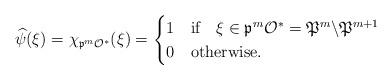
LaTeX: \begin{align*}\widehat{\psi} (\xi)=\chi_{\frak p^{m} \mathcal O^*} (\xi)=\begin{cases} 1 & \mbox{if} \ \ \ \xi \in \frak p^{m} \mathcal O^*=\frak P^{m} \backslash \frak P^{m+1}\\0 & \mbox{otherwise}.\end{cases}\end{align*}